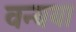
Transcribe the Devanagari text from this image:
वन्यया